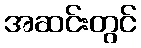
အဆင်းတွင်